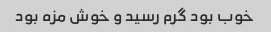
خوب بود گرم رسید و خوش مزه بود